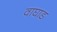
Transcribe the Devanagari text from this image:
वाघाड